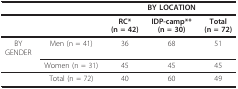
<table><thead><tr><td></td><td></td><td colspan="3"><b>BY LOCATION</b></td></tr></thead><tbody><tr><td></td><td></td><td><b>RC*</b><b>(n = 42)</b></td><td><b>IDP-camp**</b><b>(n = 30)</b></td><td><b>Total</b><b>(n = 72)</b></td></tr><tr><td>BYGENDER</td><td>Men (n = 41)</td><td>36</td><td>68</td><td>51</td></tr><tr><td></td><td>Women (n = 31)</td><td>45</td><td>45</td><td>45</td></tr><tr><td></td><td>Total (n = 72)</td><td>40</td><td>60</td><td>49</td></tr></tbody></table>